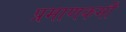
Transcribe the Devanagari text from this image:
प्रमाणकमी